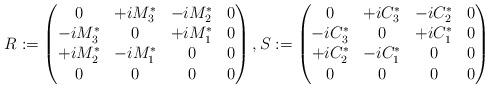
LaTeX: \begin{gather*}R:= \begin{pmatrix}0 & +i M_3^* & -i M_2^* & 0 \\-iM_3^* & 0 & +iM_1^* & 0 \\+iM_2^* &-i M_1^* & 0 & 0 \\0 & 0 & 0 &0\end{pmatrix}, S:= \begin{pmatrix}0 & +i C_3^* & -i C_2^* & 0 \\-iC_3^* & 0 & +iC_1^* & 0 \\+iC_2^*& -i C_1^* & 0 & 0 \\0 & 0 & 0 &0\end{pmatrix}\end{gather*}